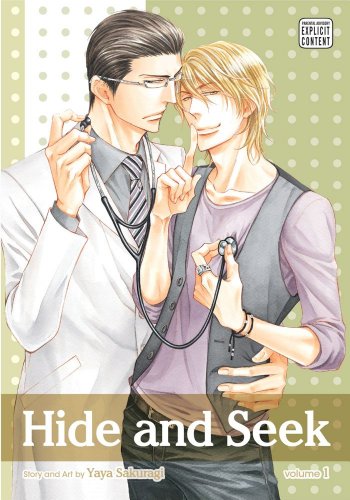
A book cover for Hide and Seek, Vol. 1; Yaya Sakuragi; Comics & Graphic Novels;